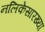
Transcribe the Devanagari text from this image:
नलिकेसारख्या